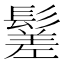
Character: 䰈